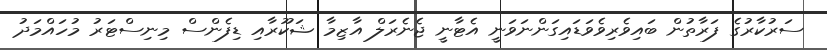
ސަރުކާރުގެ ފަރާތުން ބައިވެރިވެވަޑައިގަންނަވަނީ އެޓާނީ ޖެނެރަލް އާޒިމާ ޝަކޫރާއި ޑިފެންސް މިނިސްޓަރު މުހައްމަދު